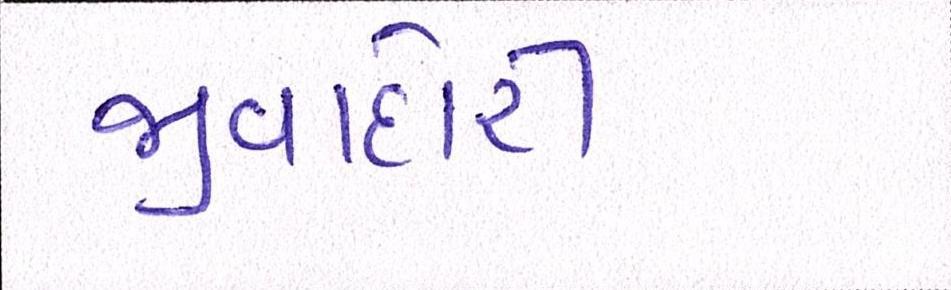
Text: જીવાદોરી